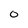
Character: O